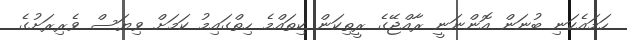
ހަމައެކަނި ބުނަން އޮންނަނީ ރާއްޖޭގެ ރީތިކަން ކިތައްމެ ހިތްގައިމު ކަމަށް ވިޔަސް ވެރިރަށުގެ